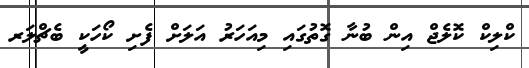
ކްލިކް ކޮލެޖް އިން ބުނާ ގޮތުގައި މިއަހަރު އަލަށް ފެށި ކޯހަކީ ބެޗްލަރ